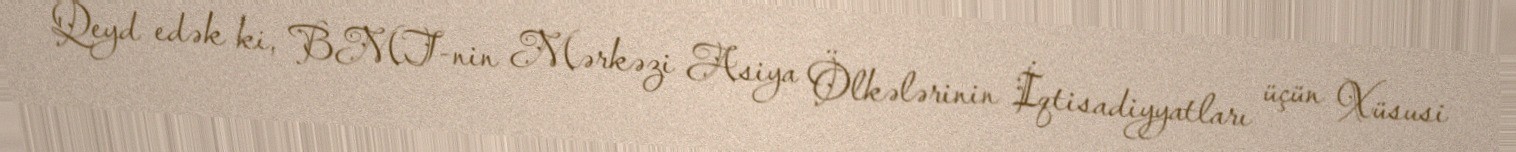
Qeyd edək ki, BMT-nin Mərkəzi Asiya Ölkələrinin İqtisadiyyatları üçün Xüsusi